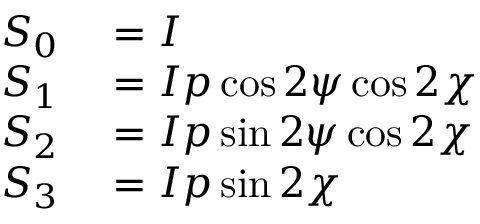
\begin{array} { r l } { S _ { 0 } } & { { } = I } \\ { S _ { 1 } } & { { } = I p \cos 2 \psi \cos 2 \chi } \\ { S _ { 2 } } & { { } = I p \sin 2 \psi \cos 2 \chi } \\ { S _ { 3 } } & { { } = I p \sin 2 \chi } \end{array}